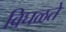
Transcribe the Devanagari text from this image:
विघळते